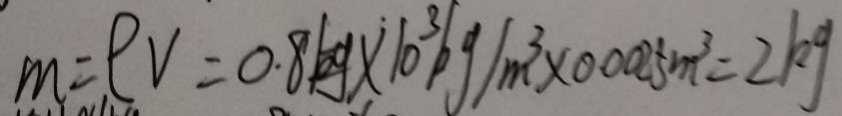
m = P V = 0 . 8 k g \times 1 0 ^ { 3 } k g / m ^ { 3 } \times 0 . 0 0 2 5 m ^ { 3 } = 2 k g